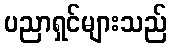
ပညာရှင်များသည်